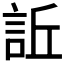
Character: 𧦺